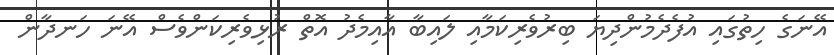
އޭނަގެ ހިތުގައި އުފެދެމުންދިޔަ ބިރުވެރިކަމާއި ލައިބާ އާއިމެދު އޮތް ރުޅިވެރިކަންވެސް އޭނަ ހަނދާން